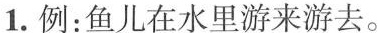
1.例：鱼儿在水里游来游去。